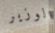
الوزير